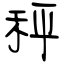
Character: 秤